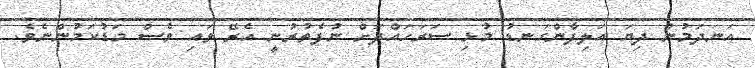
އަނދަމުން ދިޔަ އަލިފާންގަނޑު މުޅި ސަރަހައްދަށް ނުފެެތުރުނީ އެރޭ ވައި ވެސް މަޑުކަމުންނެވެ.